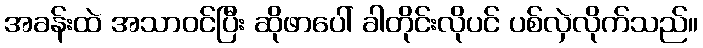
အခန်းထဲ အသာဝင်ပြီး ဆိုဖာပေါ် ခါတိုင်းလိုပင် ပစ်လှဲလိုက်သည်။